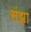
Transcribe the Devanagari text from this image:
संझा